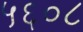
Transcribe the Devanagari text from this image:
५६०८